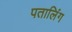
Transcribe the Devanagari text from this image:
पतालिंग